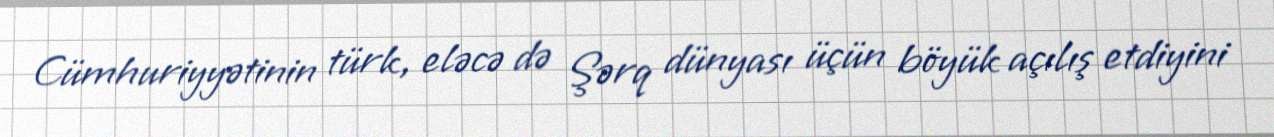
Cümhuriyyətinin türk, eləcə də Şərq dünyası üçün böyük açılış etdiyini